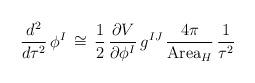
LaTeX: \begin{align*}\frac{d^2}{d\tau^2}\, \phi^I \, \cong \, \frac{1}{2} \,\frac{\partial V}{\partial \phi^I} \, g^{IJ} \, \frac{4\pi}{\mbox{Area}_H} \, \frac{1}{\tau^2}\end{align*}